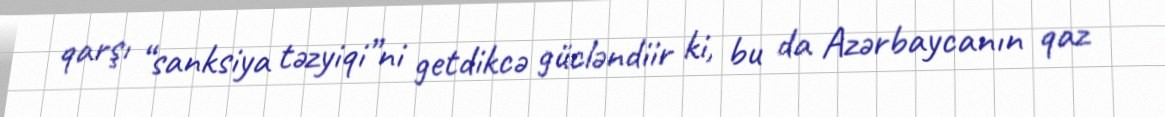
qarşı “sanksiya təzyiqi”ni getdikcə gücləndiir ki, bu da Azərbaycanın qaz